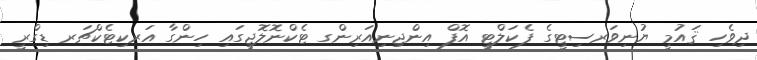
ދިވެހި ޤައުމީ ޔުނިވަރސިޓީގެ ފެކަލްޓީ އޮފް އިންޖިނިއަރިންގ ޓެކްނޮލޮޖީގައި ހިންގާ އަރކިޓެކްޗަރ ޑިގްރީ